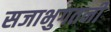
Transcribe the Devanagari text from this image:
सजाभुगतनी